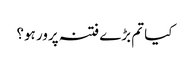
کیا تم بڑے فتنہ پرور ہو؟